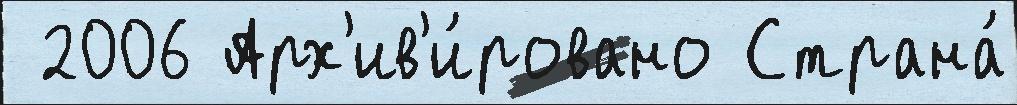
 2006 Арх'ив'и́ровано Страна́